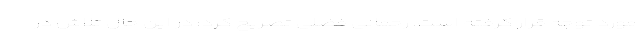
مورد توجه قرار گرفته است. رحمانی فضلی تصریح کرد: در این حال تلاش در